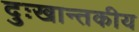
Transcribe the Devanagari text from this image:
दुःखान्तकीय